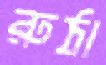
রুঠা